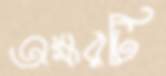
অক্ষরটি